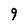
Character: 9